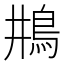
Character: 𩾺